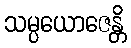
သမ္ပယောဇေန္တိ